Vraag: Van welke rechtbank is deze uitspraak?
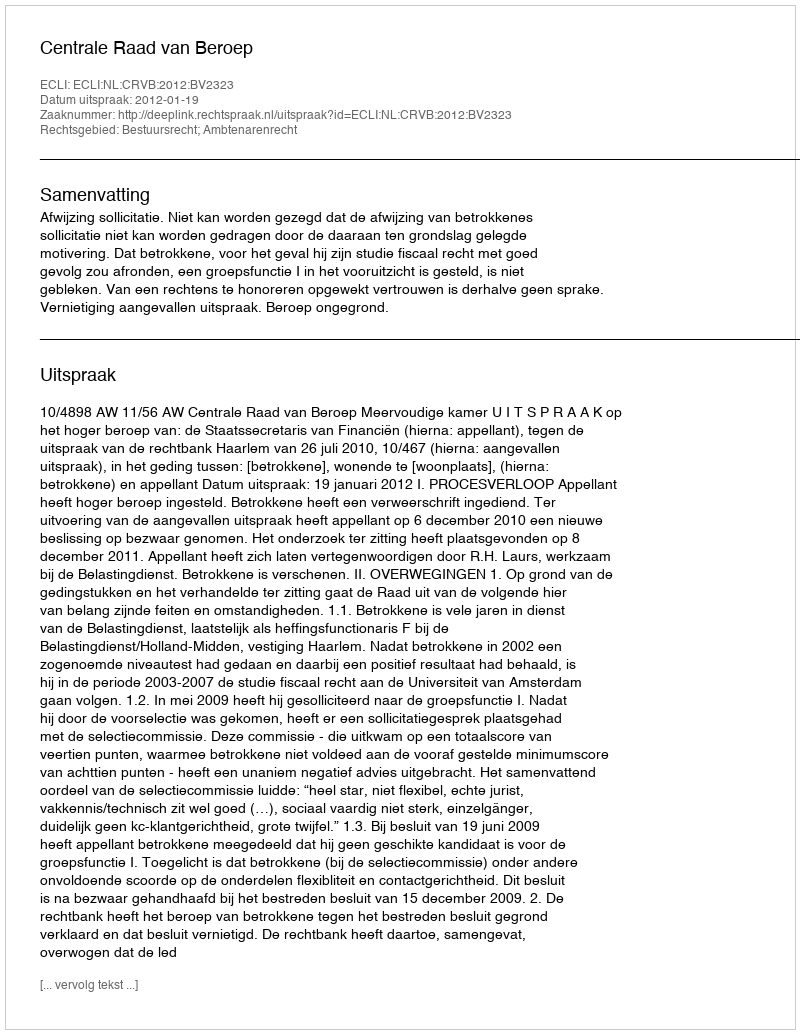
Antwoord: Centrale Raad van Beroep